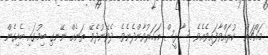
މައްޗަށް  ކުރައްވާފައިވެއެވެ. ސާޅީސް އަހަރުވާންދެނެވެ. ދެވޭނުދެވޭ ތަނެއް ނޭނގި ބިމުގައި ބެހިގެން